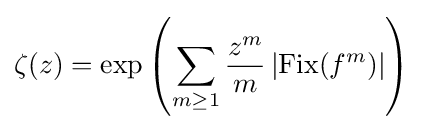
\zeta (z)=\exp \left(\sum _{m\geq 1}{\frac {z^{m}}{m}}\left|\operatorname {Fix} (f^{m})\right|\right)